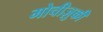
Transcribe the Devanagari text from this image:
मोचीज़ुकी